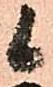
候